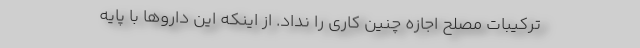
ترکیبات مصلح اجازه چنین کاری را نداد. از اینکه این داروها با پایه